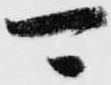
可